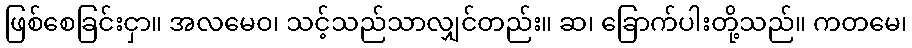
ဖြစ်စေခြင်းငှာ။ အလမေဝ၊ သင့်သည်သာလျှင်တည်း။ ဆ၊ ခြောက်ပါးတို့သည်။ ကတမေ၊